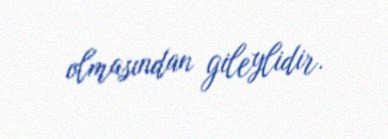
olmasından gileylidir.